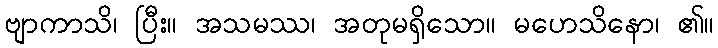
ဗျာကာသိ၊ ပြီး။ အသမဿ၊ အတုမရှိသော။ မဟေသိနော၊ ၏။